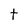
Character: t